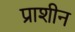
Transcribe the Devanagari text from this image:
प्राशीन